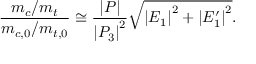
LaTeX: \frac { m _ { c } / m _ { t } } { m _ { c , 0 } / m _ { t , 0 } } \cong \frac { \left| P \right| } { \left| P _ { 3 } \right| ^ { 2 } } \sqrt { \left| E _ { 1 } \right| ^ { 2 } + \left| E _ { 1 } ^ { \prime } \right| ^ { 2 } } .